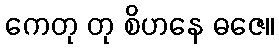
ကေတု တု စိဟနေ ဓဇေ။